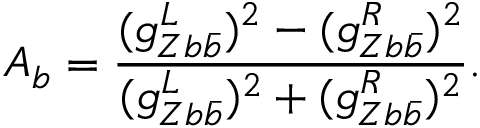
A _ { b } = \frac { ( g _ { Z b \bar { b } } ^ { L } ) ^ { 2 } - ( g _ { Z b \bar { b } } ^ { R } ) ^ { 2 } } { ( g _ { Z b \bar { b } } ^ { L } ) ^ { 2 } + ( g _ { Z b \bar { b } } ^ { R } ) ^ { 2 } } .